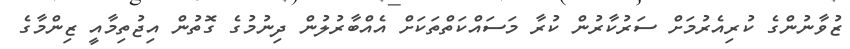
ޒުވާނުންގެ ކުރިއެރުމަށް ސަރުކާރުން ކުރާ މަސައްކަތްތަކަށް އެއްބާރުލުން ދިނުމުގެ ގޮތުން އިޖުތިމާއީ ޒިންމާގެ